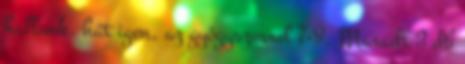
hallunk. hát igen, az gyógyszerrel 7-8. Maradt 3 db